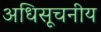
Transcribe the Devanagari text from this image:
अधिसूचनीय